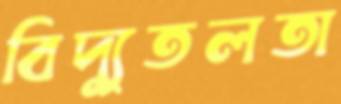
বিদ্যুতলতা